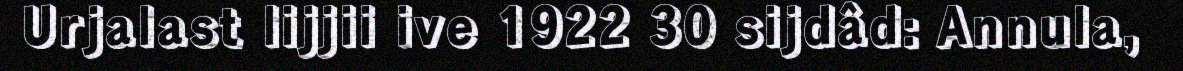
Urjalast lijjii ive 1922 30 sijdâd: Annula,